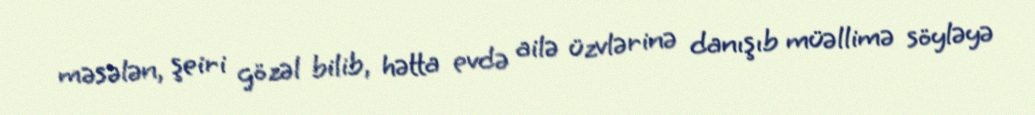
məsələn, şeiri gözəl bilib, hətta evdə ailə üzvlərinə danışıb müəllimə söyləyə